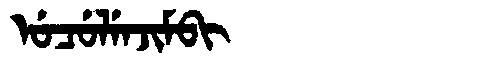
Manchu: ᡠᠴᡠᠯᡝᠨᠵᡳᠮᠪᡳ
Romanization: UCULENJIMBI